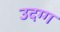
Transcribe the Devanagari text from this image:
उदग्ग